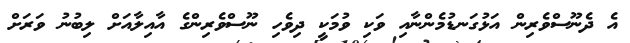
އެ ދެނޫސްވެރިން އަޅުގަނޑުމެންނާއި ވަކި ވުމަކީ ދިވެހި ނޫސްވެރިންގެ އާއިލާއަށް ލިބުނު ވަރަށް